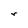
Character: r